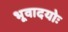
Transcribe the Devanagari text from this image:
भूवादयोः